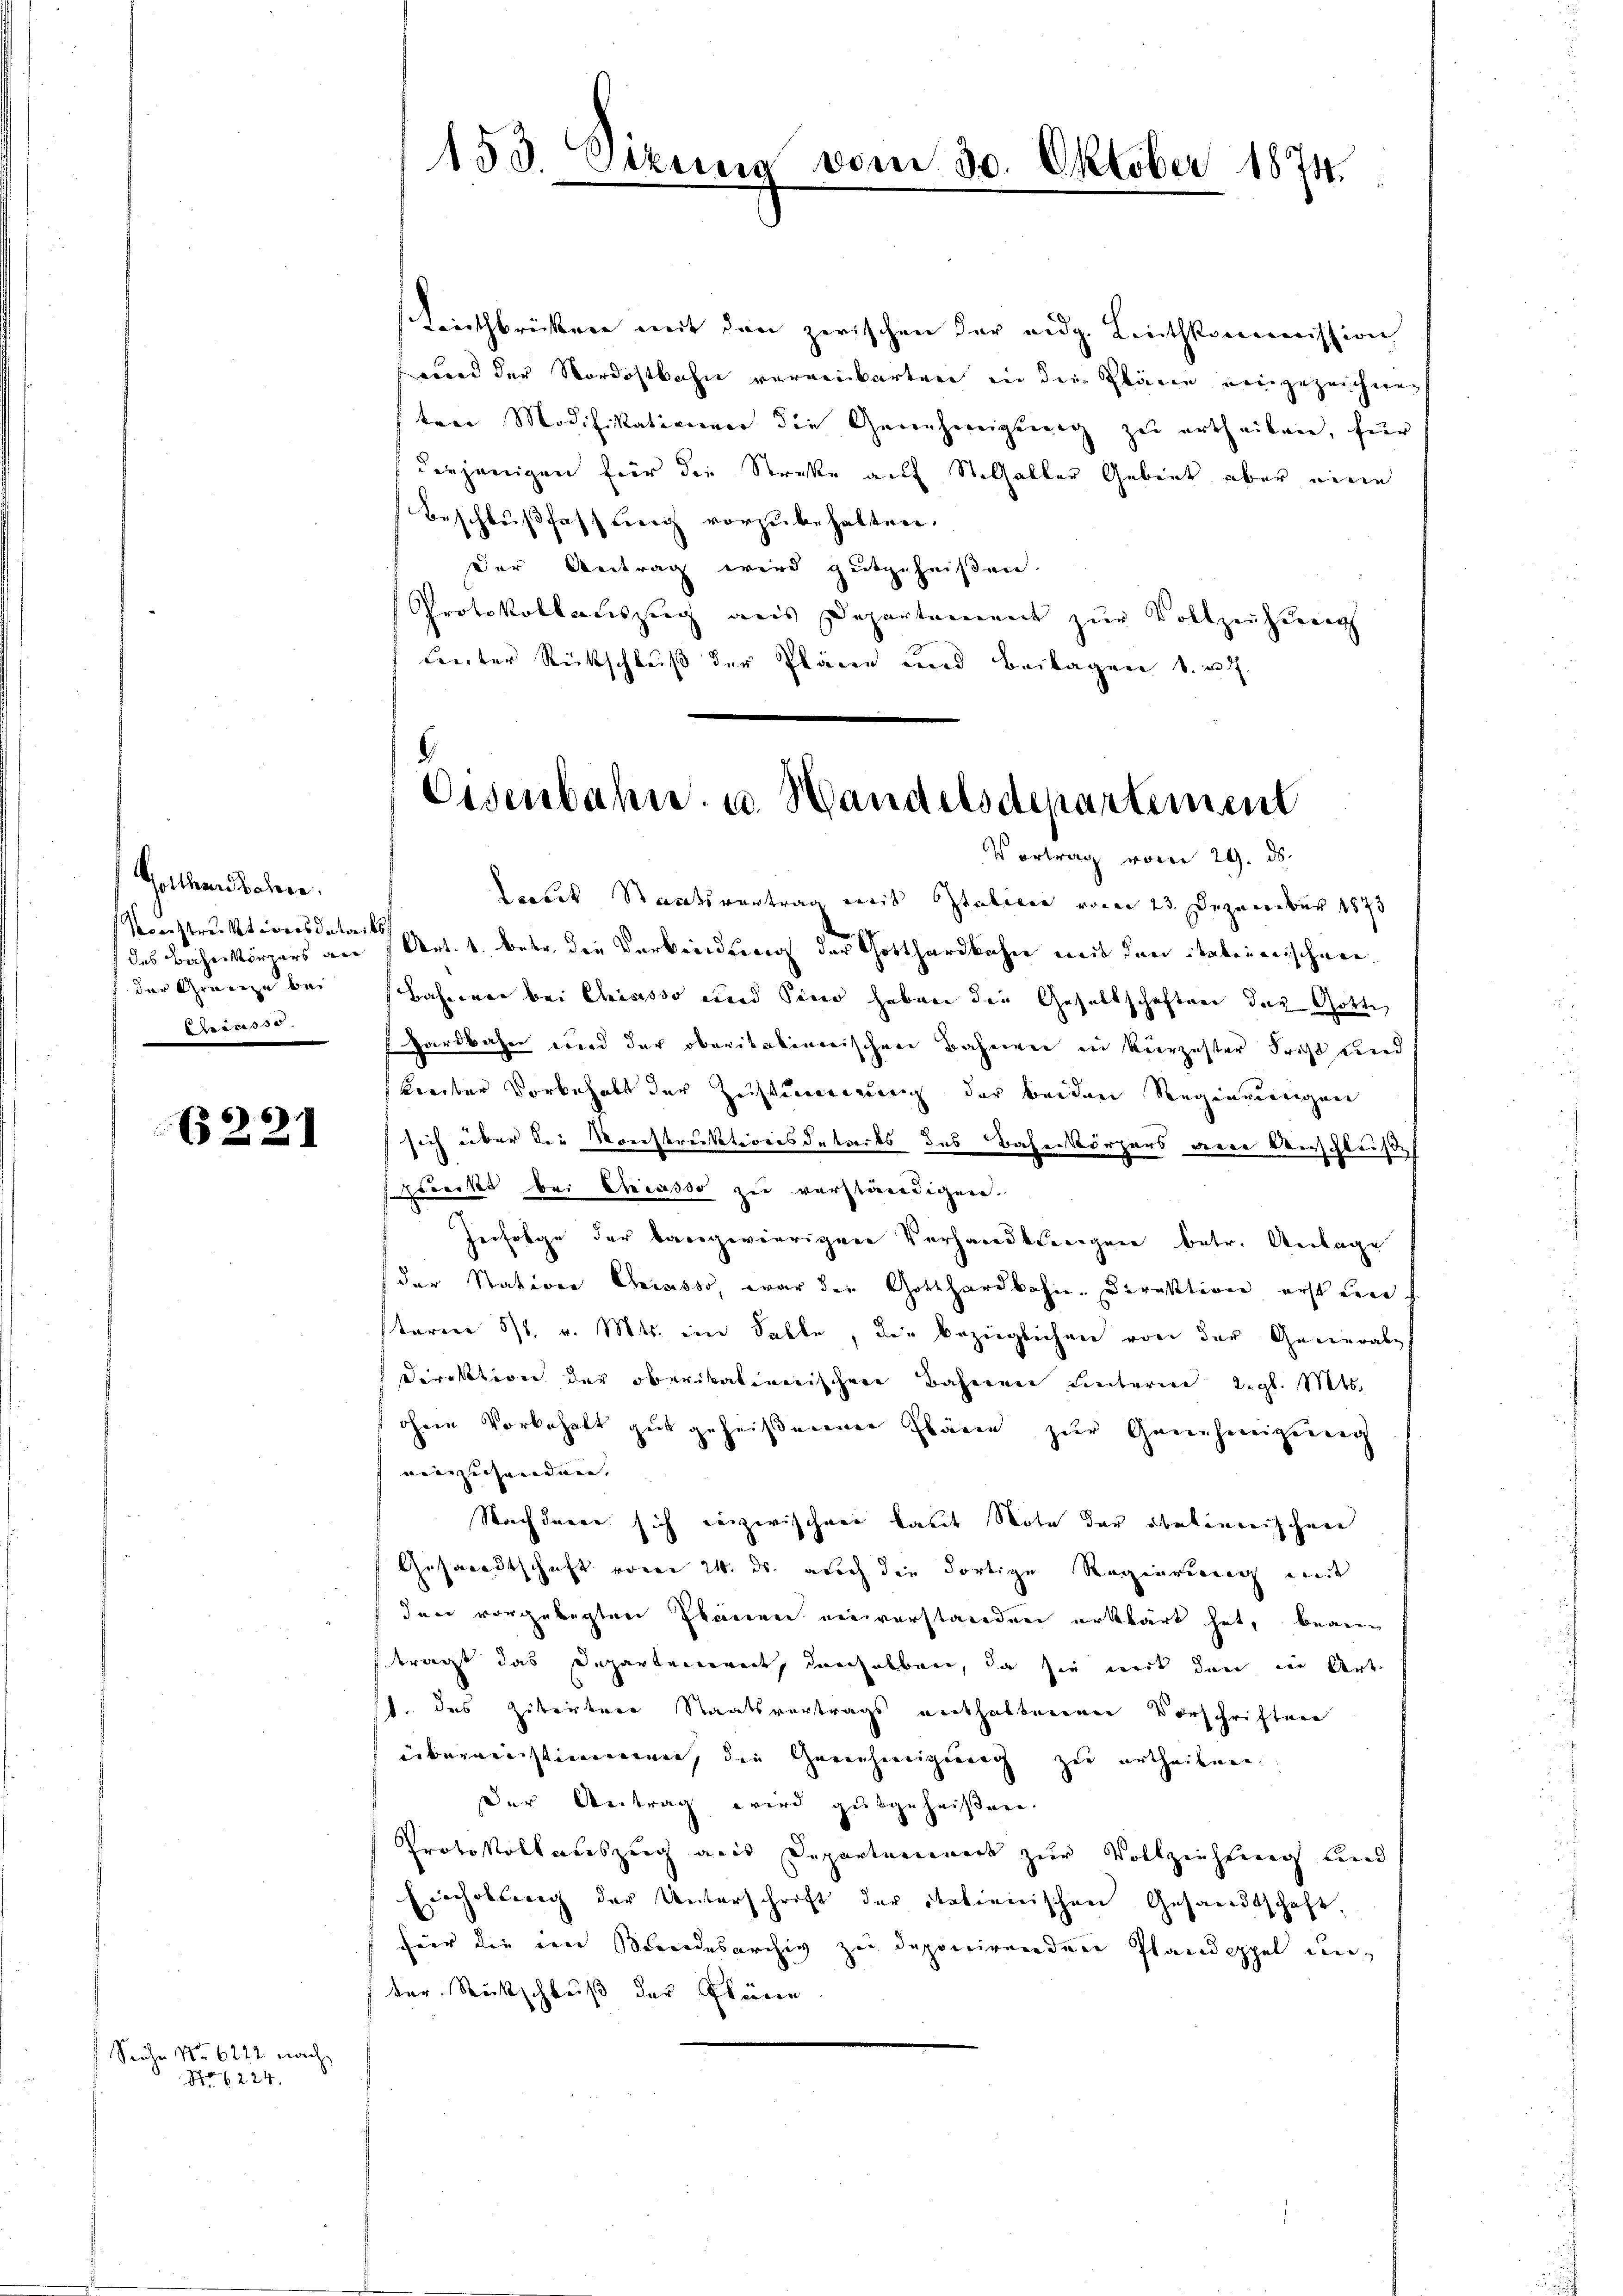
Gotthardbahren.
Konstruktiores details
der Grenze bei
Chrinoss.

6221

Siche No 6222 nach
Nr 224.

Linthbrücken mit den zwischen der eidg. Linthkommission
wird der Nordostbahn vereinbarten in die Plänen neingezeichneten Modifikationen die Genehmigung zu urtheilen, für
derjenigen für die Straße auf St. Galler Gebiet aber eine
Beschlußfassung vorzubehalten.
Der Antrag wird gutgeheißen.
Protokollauszug aus Departement zŭr Vollziehung
Liester Rückschluß der Pläne und Beilagen v. u. ff.

s
153. Sekung

Vortrag vom 29. ds.
debet Staatsvertrag mit Stalien vom 23. Dezember 1873
das Bahnkörpers an Art. 1. betr. die Verbindung der Gotthardbahn mit den tabernischnee¬
Bahnen bei Chrisesso und Sinn haben die Gesellschaften der Gotte
Hardbahn wird der oberitakinerischen Bahnen in kürzester Frist Lind
kreiber Vorbehalt der Zustimmengerich der beiden Regierungen
sich über die Konstruktionsdekrets des Bahnkörpers ane Anschluße
spunkt bei Chiasso zu verständigen.
eifolge der bangwierigen Verhandlungen betr. Anlage
(der Station Criasso, war der Gotthardbahn-Direktion erst un
term 31. v. Mts. im Falle, die bezüglichen von der General-
Direktion der oberikationischen Bahnen unterm 2. gl. Mts.
ohne Vorbehalt gut geheißenenen Pläne zur Genehmigung
einzusenden.
Nach davor sich einzwischen laut Note der obelinerischene
Gesandtschaft vom 24. ds. auch die dortige Regierung mit
dee vorgelegten Planen einverstanden erklärt hat, bean
trägt das Departement, denselben, da sie mit den in Art
t. des Zitirtere Staatsvertrags enthaltenen Vorschriften
übermeistimmenen, die Genehmigung zur urtheilenen.
Der Antrag wird gutgeheißen.
Protokollauszug aus Departenweis zur Vollziehung und
Einholung der Unterschrift der italienischen Gesandtschaft,
für die eine Beendesarchiv zu deponirenden Plandoppel die
ter. Rückschluß der Wären.

vom 30. Oktober 1874.

Eisenbahn u. Handelsdepartement